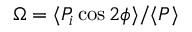
\Omega = \langle P _ { i } \cos 2 \phi \rangle / \langle P \rangle